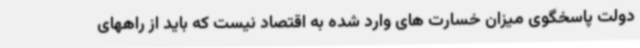
دولت پاسخگوی میزان خسارت های وارد شده به اقتصاد نیست که باید از راههای